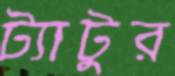
ট্যাটুর